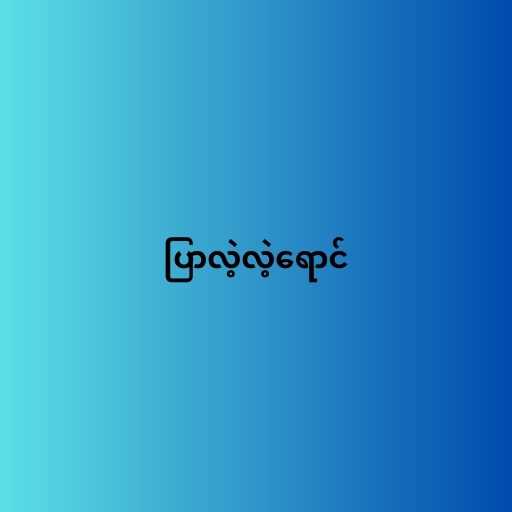
ပြာလဲ့လဲ့ရောင်